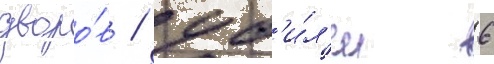
дворо́в / уб'и́л'и 6